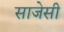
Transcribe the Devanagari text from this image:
साजेसी